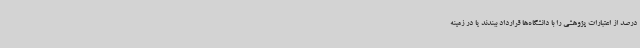
درصد از اعتبارات پژوهشی را با دانشگاه‌ها قرارداد ببندند یا در زمینه